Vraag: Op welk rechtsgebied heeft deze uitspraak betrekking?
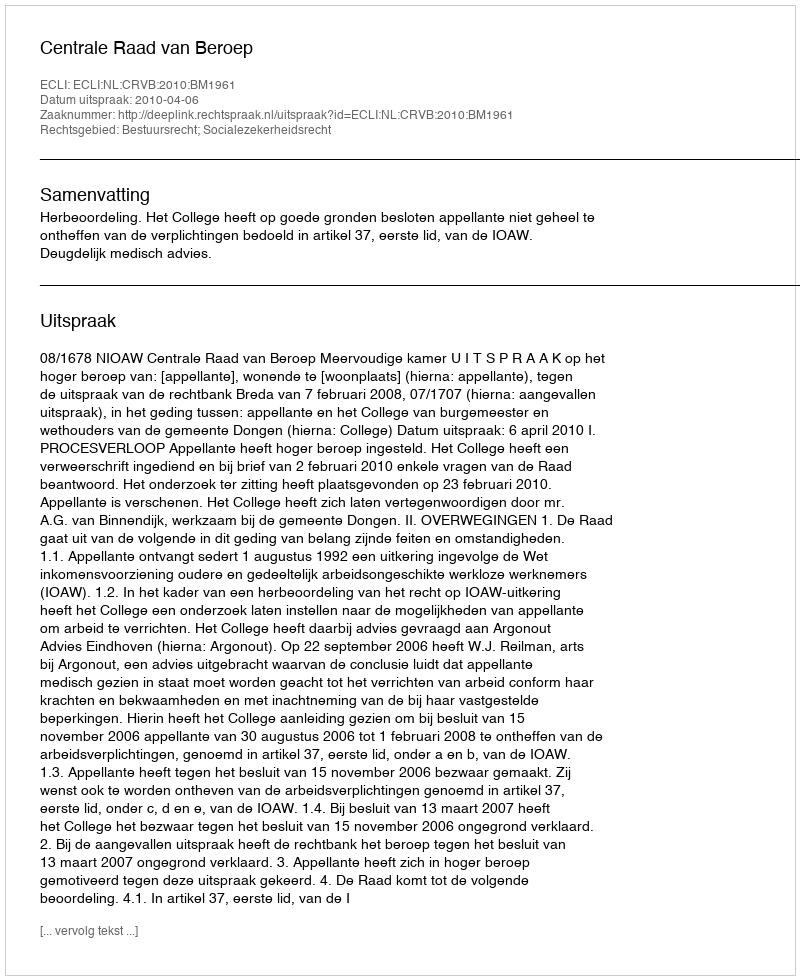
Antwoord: Bestuursrecht; Socialezekerheidsrecht